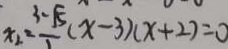
x _ { 2 } = \frac { 3 - \sqrt { 5 } } { 1 } ( x - 3 ) ( x + 2 ) = 0